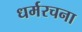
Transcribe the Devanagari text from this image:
धर्मरचना